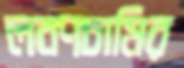
লবণচাষির